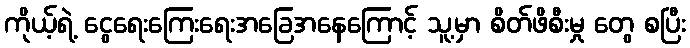
ကိုယ့်ရဲ့ ငွေရေးကြေးရေးအခြေအနေကြောင့် သူ့မှာ စိတ်ဖိစီးမှု တွေ စပြီး